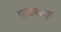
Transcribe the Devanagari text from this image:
डाव्याबाजूस